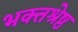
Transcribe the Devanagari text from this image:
भक्तश्रेष्ठ